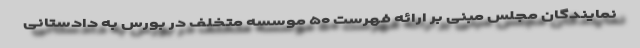
نمایندگان مجلس مبنی بر ارائه فهرست ۵۰ موسسه متخلف در بورس به دادستانی